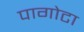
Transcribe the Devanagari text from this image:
पागोटा